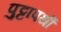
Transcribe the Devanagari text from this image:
पुट्टापर्थी